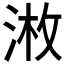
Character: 𱦲